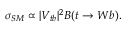
\sigma _ { S M } \propto | V _ { t b } | ^ { 2 } B ( t \rightarrow W b ) .